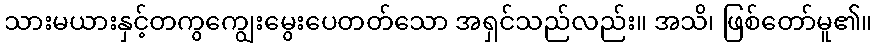
သားမယားနှင့်တကွကျွေးမွေးပေတတ်သော အရှင်သည်လည်း။ အသိ၊ ဖြစ်တော်မူ၏။